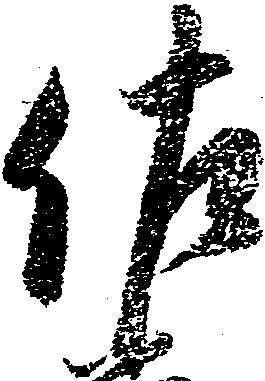
佐